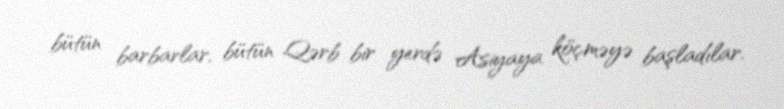
bütün barbarlar, bütün Qərb bir yerdə Asiyaya köçməyə başladılar.